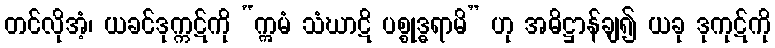
တင်လိုအံ့၊ ယခင်ဒုက္ကဋ်ကို “ဣမံ သံဃာဋိ ပစ္စုဒ္ဓရာမိ” ဟု အဓိဋ္ဌာန်ချ၍ ယခု ဒုကုဋ်ကို